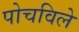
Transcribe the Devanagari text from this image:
पोचविले